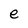
Character: e